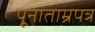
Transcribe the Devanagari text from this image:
पूनाताम्रपत्र